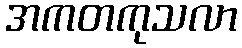
အကတကုသလာ